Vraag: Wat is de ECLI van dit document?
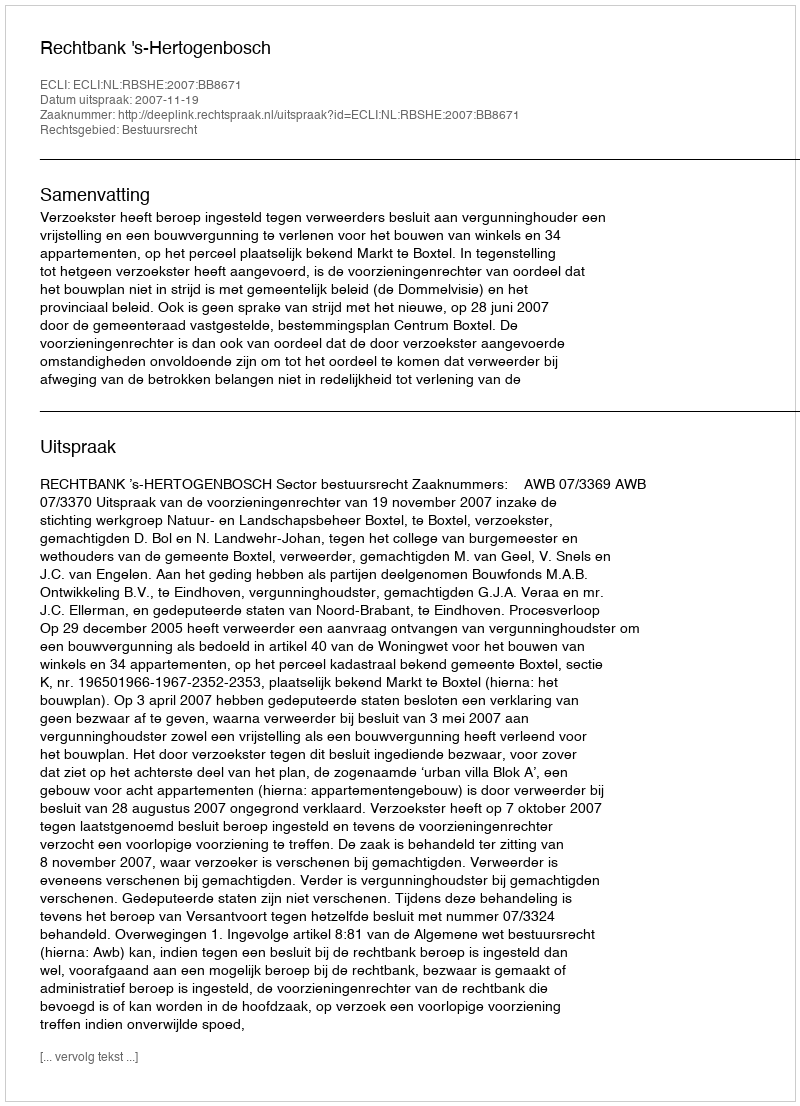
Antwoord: ECLI:NL:RBSHE:2007:BB8671